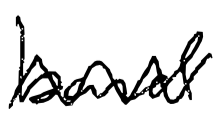
Text: band
Cross-out: zig-zag
Writing tool: digital_black